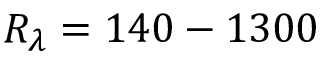
R _ { \lambda } = 1 4 0 - 1 3 0 0